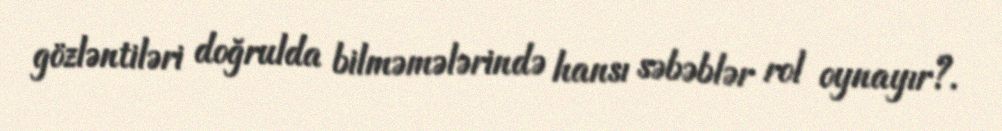
gözləntiləri doğrulda bilməmələrində hansı səbəblər rol oynayır?.